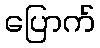
ပြောက်